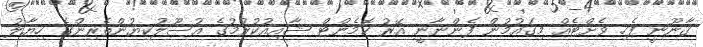
ޤާނޫނީ ފެހި ވެށްޓެއް މިގައުމުން ފެންނާނީ އޭރު ކޮމެންޓް ޝާއިއުކުރުމުގެ އުސޫލުކިޔުންތެރިންގެ ހިޔާލު